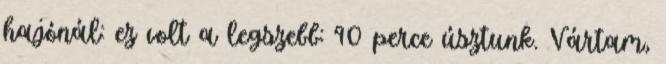
hajónál: ez volt a legszebb: 90 perce úsztunk. Vártam,